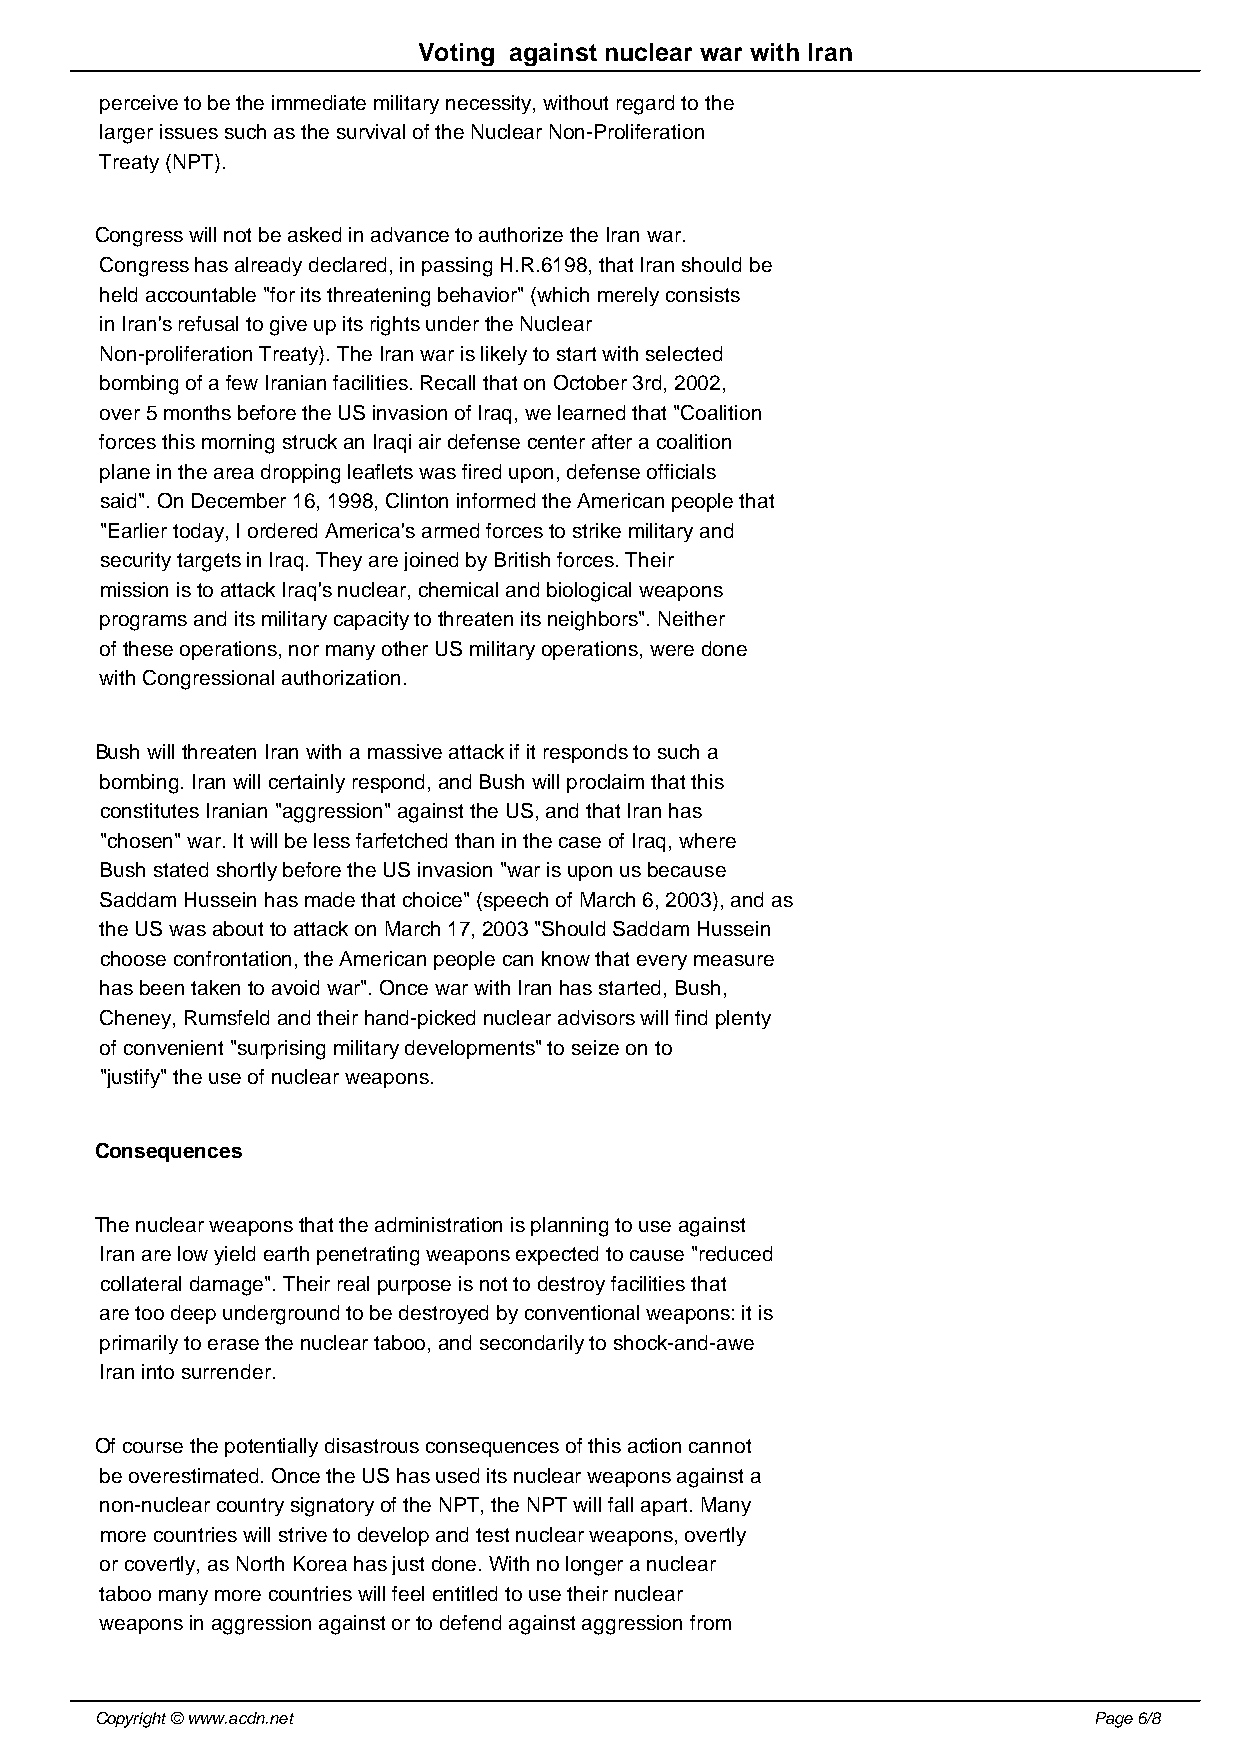
Voting against nuclear war with Iran
 perceive to be the immediate military necessity, without regard to the
 larger issues such as the survival of the Nuclear Non-Proliferation
 Treaty (NPT).
 Congress will not be asked in advance to authorize the Iran war.
 Congress has already declared, in passing H.R.6198, that Iran should be
 held accountable "for its threatening behavior" (which merely consists
 in Iran's refusal to give up its rights under the Nuclear
 Non-proliferation Treaty). The Iran war is likely to start with selected
 bombing of a few Iranian facilities. Recall that on October 3rd, 2002,
 over 5 months before the US invasion of Iraq, we learned that "Coalition
 forces this morning struck an Iraqi air defense center after a coalition
 plane in the area dropping leaflets was fired upon, defense officials
 said". On December 16, 1998, Clinton informed the American people that
 "Earlier today, I ordered America's armed forces to strike military and
 security targets in Iraq. They are joined by British forces. Their
 mission is to attack Iraq's nuclear, chemical and biological weapons
 programs and its military capacity to threaten its neighbors". Neither
 of these operations, nor many other US military operations, were done
 with Congressional authorization.
 Bush will threaten Iran with a massive attack if it responds to such a
 bombing. Iran will certainly respond, and Bush will proclaim that this
 constitutes Iranian "aggression" against the US, and that Iran has
 "chosen" war. It will be less farfetched than in the case of Iraq, where
 Bush stated shortly before the US invasion "war is upon us because
 Saddam Hussein has made that choice" (speech of March 6, 2003), and as
 the US was about to attack on March 17, 2003 "Should Saddam Hussein
 choose confrontation, the American people can know that every measure
 has been taken to avoid war". Once war with Iran has started, Bush,
 Cheney, Rumsfeld and their hand-picked nuclear advisors will find plenty
 of convenient "surprising military developments" to seize on to
 "justify" the use of nuclear weapons.
 Consequences
 The nuclear weapons that the administration is planning to use against
 Iran are low yield earth penetrating weapons expected to cause "reduced
 collateral damage". Their real purpose is not to destroy facilities that
 are too deep underground to be destroyed by conventional weapons: it is
 primarily to erase the nuclear taboo, and secondarily to shock-and-awe
 Iran into surrender.
 Of course the potentially disastrous consequences of this action cannot
 be overestimated. Once the US has used its nuclear weapons against a
 non-nuclear country signatory of the NPT, the NPT will fall apart. Many
 more countries will strive to develop and test nuclear weapons, overtly
 or covertly, as North Korea has just done. With no longer a nuclear
 taboo many more countries will feel entitled to use their nuclear
 weapons in aggression against or to defend against aggression from
 Copyright © www.acdn.net                                          Page 6/8